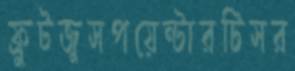
ফ্রুটজুসপয়েন্টারটিসর